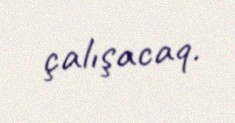
çalışacaq.